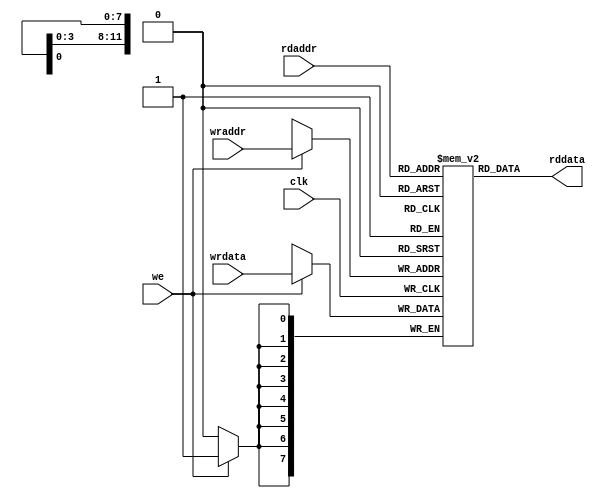
`timescale 1ns / 1ps
//////////////////////////////////////////////////////////////////////////////////
// Company: 
// Engineer: 
// 
// Design Name: 
// Module Name:    VideoTextRam 
// Project Name: 
// Target Devices: 
// Tool versions: 
// Description: 
//
// Dependencies: 
//
// Revision: 
// Revision 0.01 - File Created
// Additional Comments: 
//
//////////////////////////////////////////////////////////////////////////////////
module VideoTextRam(
		input [11:0] wraddr,
		input [7:0] wrdata,
		input we,
		input clk,
		input [11:0] rdaddr,
		output reg [7:0] rddata
    );

reg [7:0] mem[0:2399];

always @(posedge clk) begin
	if(we)
		mem[wraddr] <= wrdata;
end

always @(*) begin
	rddata = mem[rdaddr];
end

endmodule